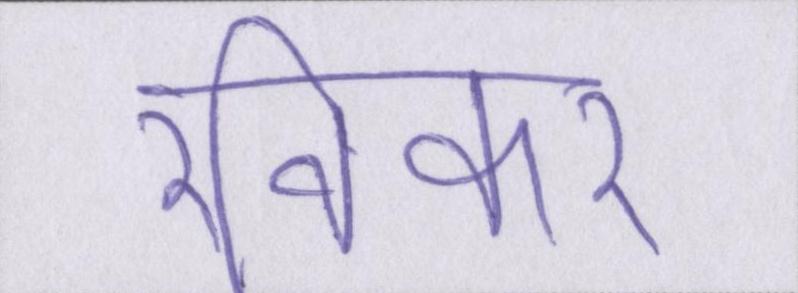
रविकर